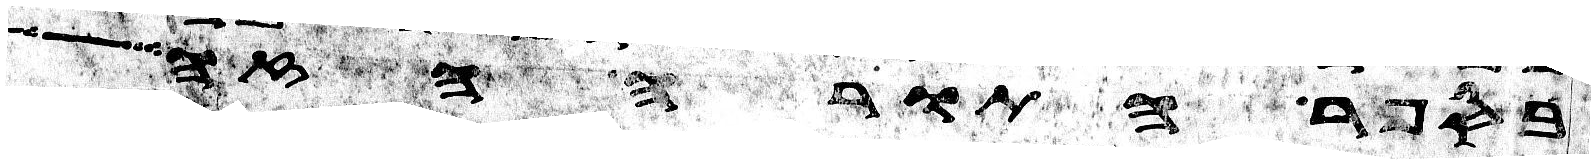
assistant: בספר התורה הזה